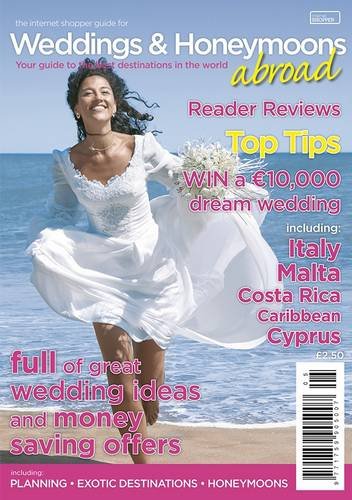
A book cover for Guide to Weddings and Honeymoons Abroad; Crafts, Hobbies & Home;